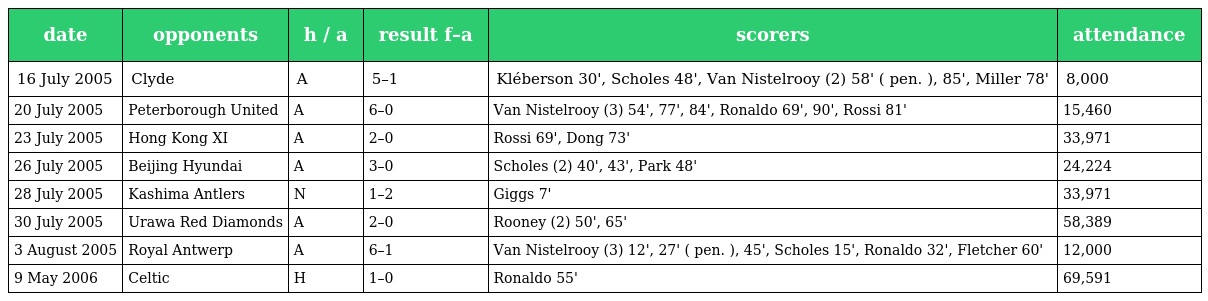
| date | opponents | h / a | result f–a | scorers | attendance |
 | --- | --- | --- | --- | --- | --- |
 | 16 July 2005 | Clyde | A | 5–1 | Kléberson 30', Scholes 48', Van Nistelrooy (2) 58' ( pen. ), 85', Miller 78' | 8,000 |
 | 20 July 2005 | Peterborough United | A | 6–0 | Van Nistelrooy (3) 54', 77', 84', Ronaldo 69', 90', Rossi 81' | 15,460 |
 | 23 July 2005 | Hong Kong XI | A | 2–0 | Rossi 69', Dong 73' | 33,971 |
 | 26 July 2005 | Beijing Hyundai | A | 3–0 | Scholes (2) 40', 43', Park 48' | 24,224 |
 | 28 July 2005 | Kashima Antlers | N | 1–2 | Giggs 7' | 33,971 |
 | 30 July 2005 | Urawa Red Diamonds | A | 2–0 | Rooney (2) 50', 65' | 58,389 |
 | 3 August 2005 | Royal Antwerp | A | 6–1 | Van Nistelrooy (3) 12', 27' ( pen. ), 45', Scholes 15', Ronaldo 32', Fletcher 60' | 12,000 |
 | 9 May 2006 | Celtic | H | 1–0 | Ronaldo 55' | 69,591 |